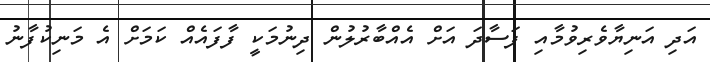
އަދި އަނިޔާވެރިވުމާއި ފަސާދަ އަށް އެއްބާރުލުން ދިނުމަކީ ފާފައެއް ކަމަށް އެ މަނިކުފާނު